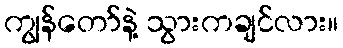
ကျွန်တော်နဲ့ သွားကချင်လား။